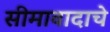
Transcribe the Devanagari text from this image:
सीमावादाचे